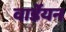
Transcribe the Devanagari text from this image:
वार्डेयन